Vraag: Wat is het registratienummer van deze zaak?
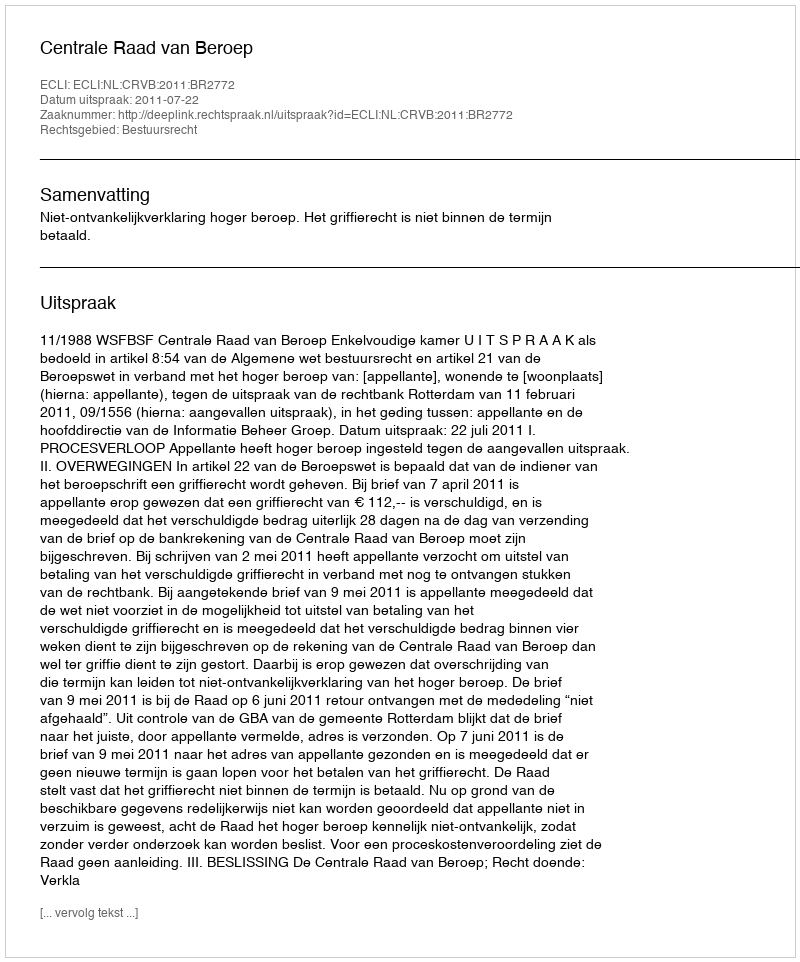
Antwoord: http://deeplink.rechtspraak.nl/uitspraak?id=ECLI:NL:CRVB:2011:BR2772